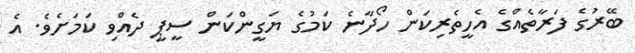
ބޭރުގެ ފަރާތެއްގެ އެހީތެރިކަން ހޯދާނެ ކަމުގެ ޔަގީންކަން ސީޕީ ދެއްވި ކަމަށެވެ. އެ